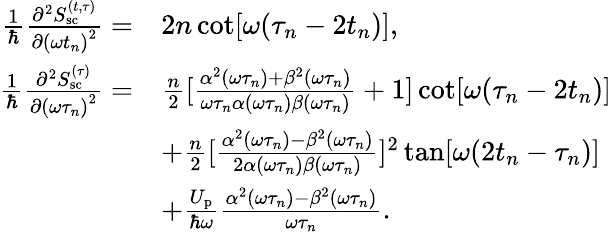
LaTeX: \begin{array}{rl}{\frac{1}{\hbar}\frac{\partial^{2}S_{\mathrm{sc}}^{(t,\tau)}}{\partial{(\omega t_{n})}^{2}}=}&{2n\cot[\omega(\tau_{n}-2t_{n})],}\\ {\frac{1}{\hbar}\frac{\partial^{2}S_{\mathrm{sc}}^{(\tau)}}{\partial{(\omega\tau_{n})}^{2}}=}&{\frac{n}{2}[\frac{\alpha^{2}(\omega\tau_{n})+\beta^{2}(\omega\tau_{n})}{\omega\tau_{n}\alpha(\omega\tau_{n})\beta(\omega\tau_{n})}+1]\cot[\omega(\tau_{n}-2t_{n})]}\\ &{+\frac{n}{2}[\frac{\alpha^{2}(\omega\tau_{n})-\beta^{2}(\omega\tau_{n})}{2\alpha(\omega\tau_{n})\beta(\omega\tau_{n})}]^{2}\tan[\omega(2t_{n}-\tau_{n})]}\\ &{+\frac{U_{\mathrm{p}}}{\hbar\omega}\frac{\alpha^{2}(\omega\tau_{n})-\beta^{2}(\omega\tau_{n})}{\omega\tau_{n}}.}\end{array}